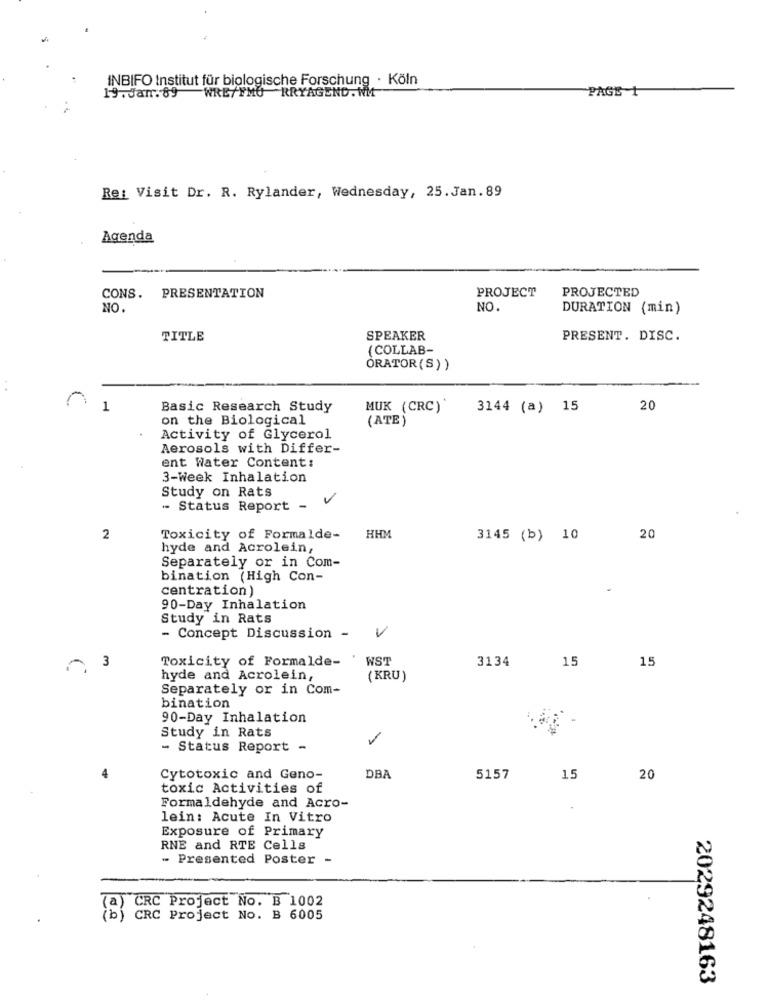
INBIFO Institut für biologische Forschung · Köln
19.Jam. 89 WRE/YMO RRYAGEND . WM
PAGE 1
Re: Visit Dr. R. Rylander, Wednesday, 25. Jan.89
Agenda
PROJECT
PROJECTED
CONS. PRESENTATION
NO.
NO.
DURATION (min)
TITLE
SPEAKER
PRESENT. DISC.
(COLLAB-
ORATOR (S) )
. .
1
Basic Research Study
MUK (CRC)'
3144 (a) 15
20
on the Biological
(ATE
Activity of Glycerol
Aerosols with Differ-
ent Water Content:
3-Week Inhalation
Study on Rats
- Status Report _ V
2
Toxicity of Formalde- HHM
3145 (b) 10
20
hyde and Acrolein,
Separately or in Com-
bination (High Con-
centration)
90-Day Inhalation
Study in Rats
V
- Concept Discussion -
3
Toxicity of Formalde-
WST
3134
15
15
hyde and Acrolein,
(KRU)
Separately or in Com-
bination
90-Day Inhalation
Study in Rats
- Status Report -
Cytotoxic and Geno-
DBA
5157
15
20
toxic Activities of
Formaldehyde and Acro-
.
lein: Acute In Vitro
Exposure of Primary
RNE and RTE Cells
- Presented Poster -
CRC Project No. B 1002
(b) CRC Project No. B 6005
2029248163